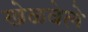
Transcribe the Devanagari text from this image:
खेळवेले